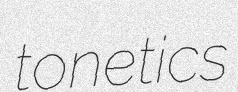
tonetics